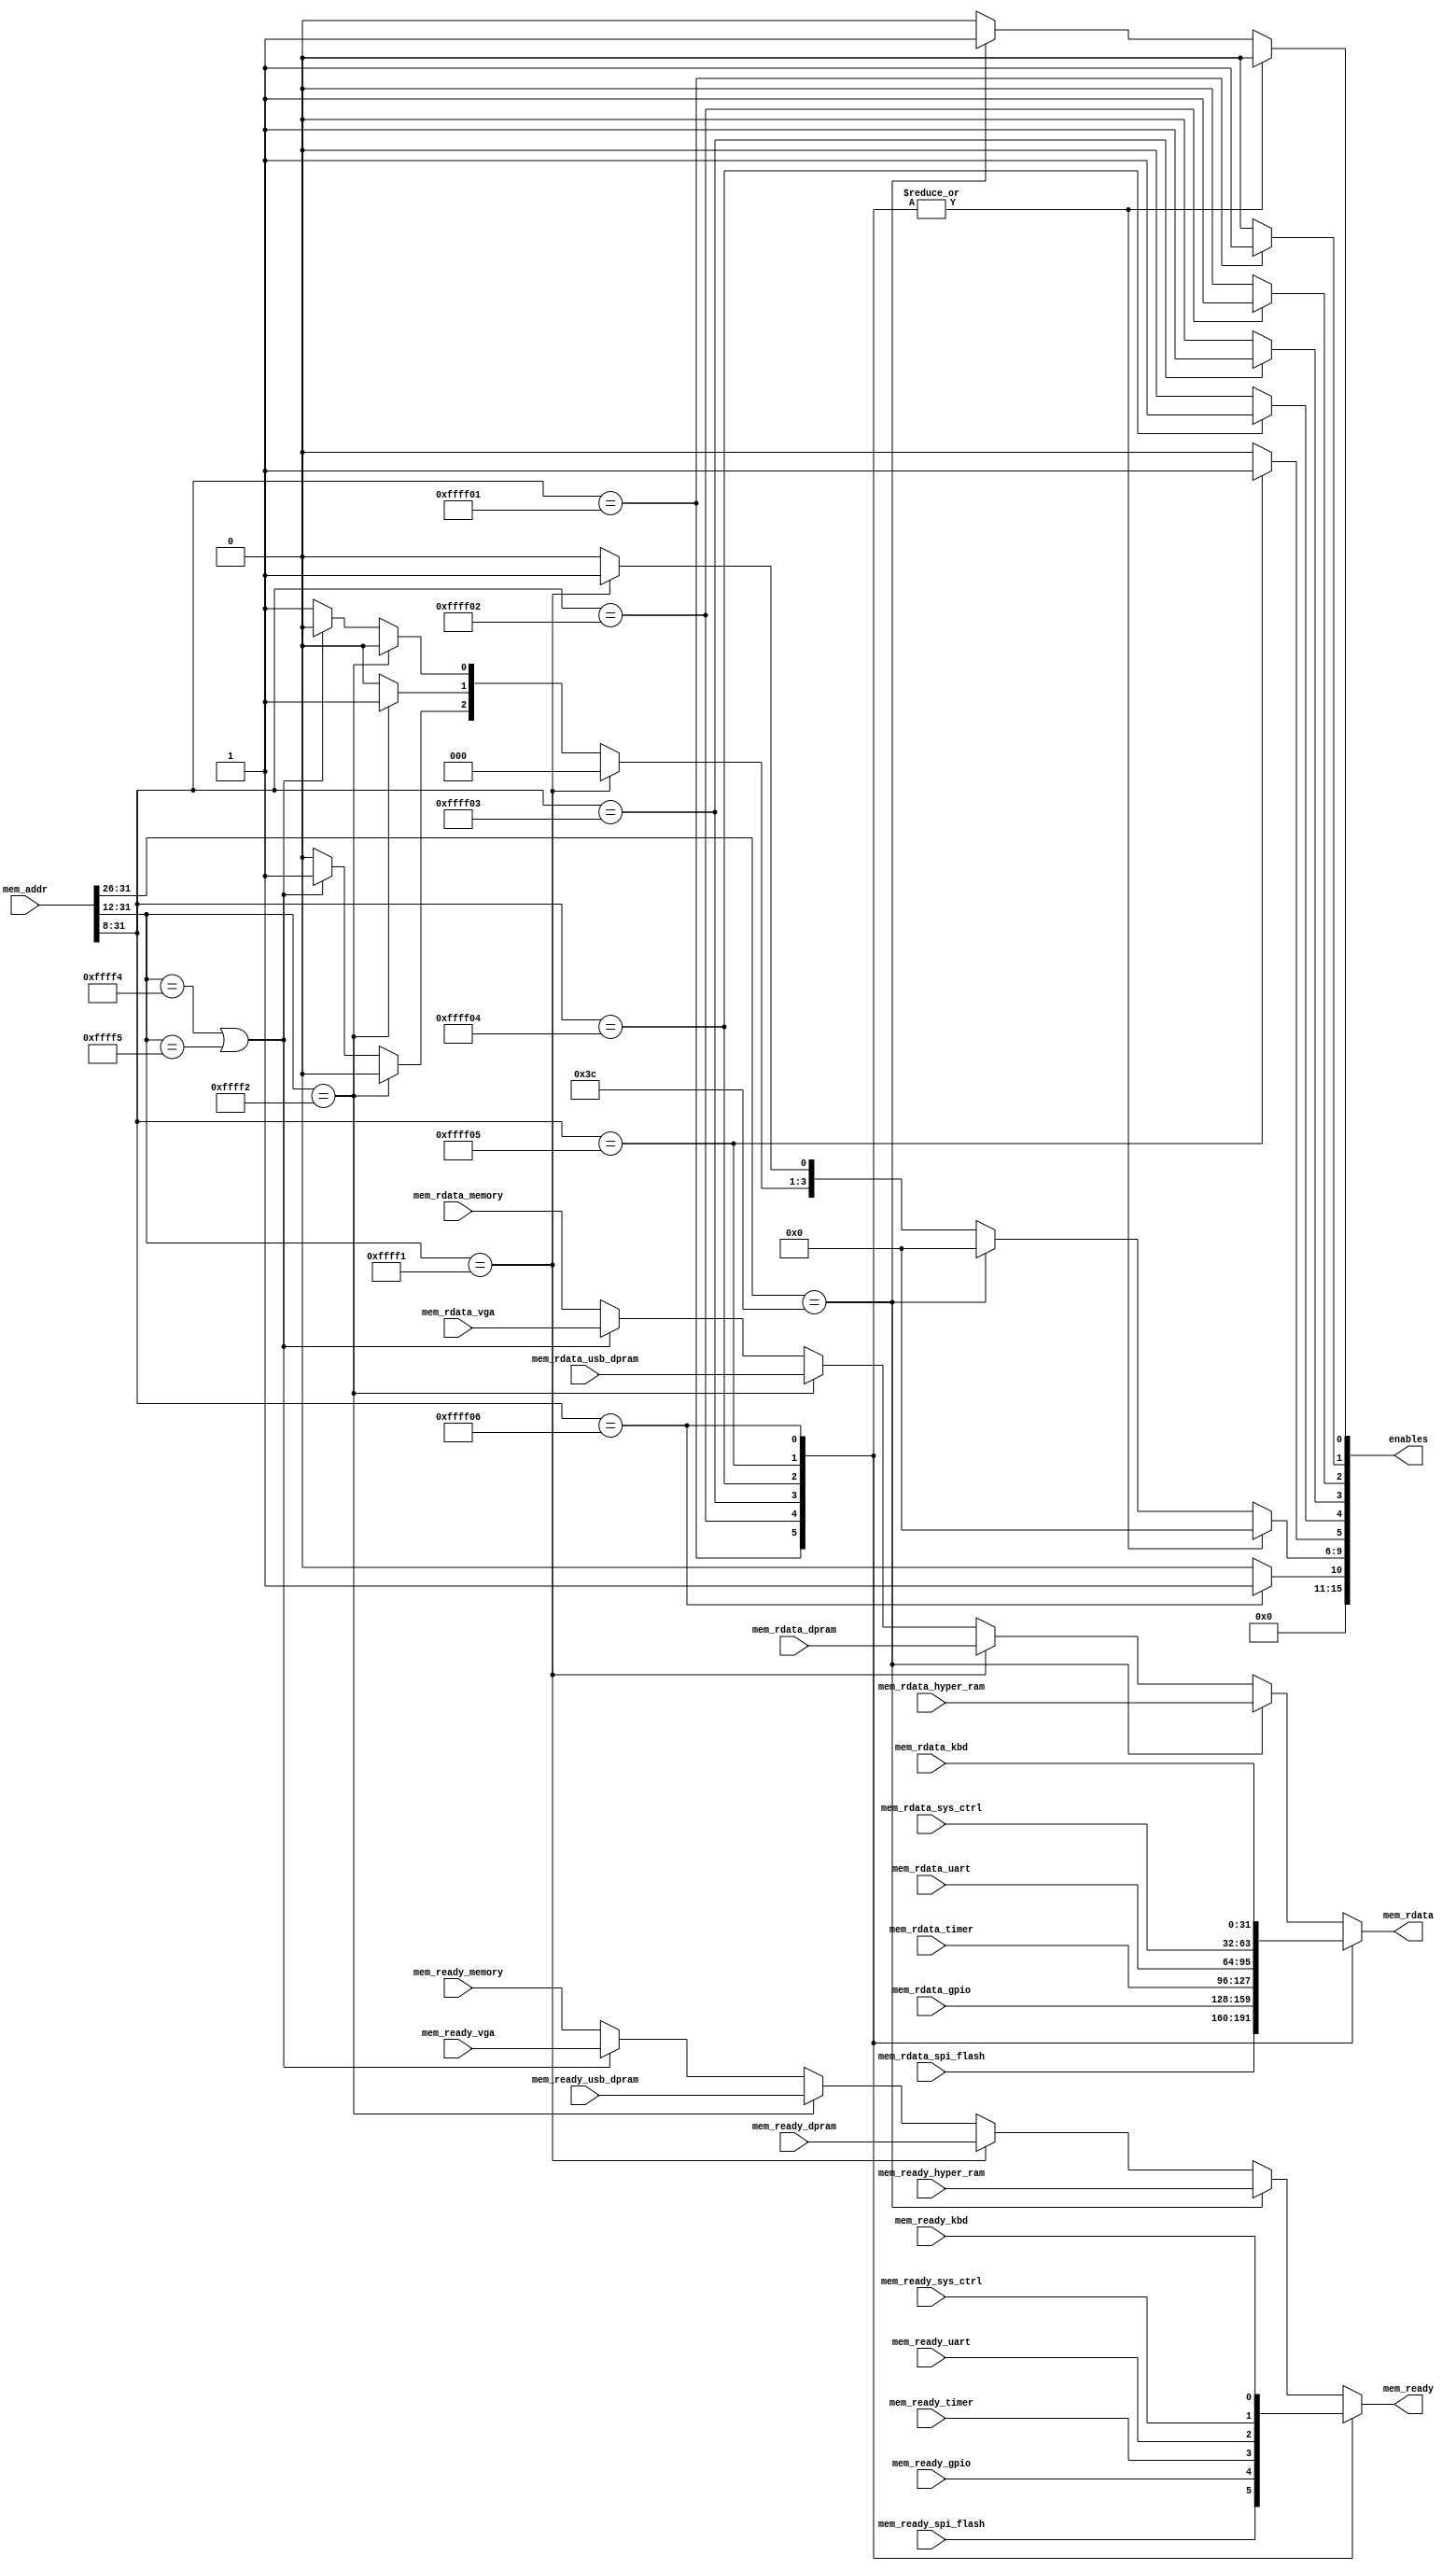
//
// Copyright (c) 2021.  Micro Blue
//
// SPDX-License-Identifier: BSD-2-Clause-Patent
//

module sys_bus (

		     input wire [31:0] 	mem_addr,
         output reg 	      mem_ready,
		     output reg [31:0]  mem_rdata,

         input wire       	mem_ready_memory,
		     input wire [31:0] 	mem_rdata_memory,

         input wire 	      mem_ready_uart,
		     input wire [31:0] 	mem_rdata_uart,

         input wire       	mem_ready_timer,
         input wire [31:0] 	mem_rdata_timer,

         input wire 	      mem_ready_sys_ctrl,
		     input wire [31:0] 	mem_rdata_sys_ctrl,

         input wire 	      mem_ready_spi_flash,
		     input wire [31:0] 	mem_rdata_spi_flash,

         input wire 	      mem_ready_dpram,
		     input wire [31:0] 	mem_rdata_dpram,

         input wire 	      mem_ready_vga,
		     input wire [31:0] 	mem_rdata_vga,


         input wire 	      mem_ready_kbd,
		     input wire [31:0] 	mem_rdata_kbd,

         input wire 	      mem_ready_usb_dpram,
		     input wire [31:0] 	mem_rdata_usb_dpram,

		     input wire 	      mem_ready_gpio,
		     input wire [31:0] 	mem_rdata_gpio,

         input wire 	      mem_ready_hyper_ram,
		     input wire [31:0] 	mem_rdata_hyper_ram,

		     output reg [15:0] 	enables

		     );

   always @(*) begin
      enables = 0;
      case (mem_addr[31:8])
        24'hffff01: enables[1]  = 1'd1;
        24'hffff02: enables[2]  = 1'd1;
        24'hffff03: enables[3]  = 1'd1;
        24'hffff04: enables[4]  = 1'd1;
        24'hffff05: enables[5]  = 1'd1;
        24'hffff06: enables[10] = 1'd1;
        default: begin
           if (mem_addr[31:26] == 6'b111100)
              enables[0] = 1'd1;
           else if (mem_addr[31:12] == 20'hffff1)
              enables[6] = 1'd1;
           else if (mem_addr[31:12] == 20'hffff2)
              enables[8] = 1'd1;
           else if ((mem_addr[31:12] == 20'hffff4) || (mem_addr[31:12] == 20'hffff5)) // hffff4 and hffff5
              enables[9] = 1'd1;
           else
              enables[7] = 1'd1;
        end
      endcase
      case (mem_addr[31:8])
        24'hffff01: mem_ready = mem_ready_spi_flash;
        24'hffff02: mem_ready = mem_ready_gpio;
        24'hffff03: mem_ready = mem_ready_timer;
        24'hffff04: mem_ready = mem_ready_uart;
        24'hffff05: mem_ready = mem_ready_sys_ctrl;
        24'hffff06: mem_ready = mem_ready_kbd;
        default: begin
           if (mem_addr[31:26] == 6'b111100)
              mem_ready = mem_ready_hyper_ram;
           else if (mem_addr[31:12] == 20'hffff1)
              mem_ready = mem_ready_dpram;
           else if (mem_addr[31:12] == 20'hffff2)
              mem_ready = mem_ready_usb_dpram;
           else if ((mem_addr[31:12] == 20'hffff4) || (mem_addr[31:12] == 20'hffff5)) // hffff4 and hffff5
              mem_ready = mem_ready_vga;
           else
              mem_ready = mem_ready_memory;
        end
      endcase
      case (mem_addr[31:8])
        24'hffff01: mem_rdata = mem_rdata_spi_flash;
        24'hffff02: mem_rdata = mem_rdata_gpio;
        24'hffff03: mem_rdata = mem_rdata_timer;
        24'hffff04: mem_rdata = mem_rdata_uart;
        24'hffff05: mem_rdata = mem_rdata_sys_ctrl;
        24'hffff06: mem_rdata = mem_rdata_kbd;
        default: begin
           if (mem_addr[31:26] == 6'b111100)
              mem_rdata = mem_rdata_hyper_ram;
           else if (mem_addr[31:12] == 20'hffff1)
              mem_rdata = mem_rdata_dpram;
           else if (mem_addr[31:12] == 20'hffff2)
              mem_rdata = mem_rdata_usb_dpram;
           else if ((mem_addr[31:12] == 20'hffff4) || (mem_addr[31:12] == 20'hffff5)) // hffff4 and hffff5
              mem_rdata = mem_rdata_vga;
           else
              mem_rdata = mem_rdata_memory;
        end

      endcase
   end

endmodule